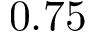
0 . 7 5